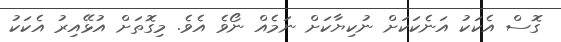
ގޮސް އެކަކު އަނެކަކަށް ނުކިޔާކަށް ނަމެއް ނޯވެ އެވެ. މިގޮތަށް އުޅޭއިރު އެކަކު